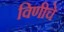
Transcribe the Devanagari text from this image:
विणीचे